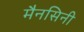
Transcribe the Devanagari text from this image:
मैनसिनी